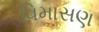
વિમાસણ